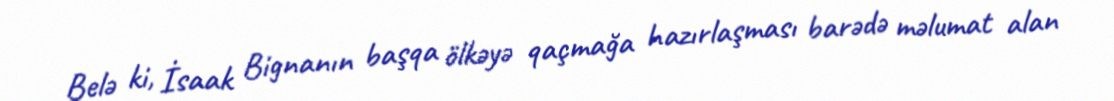
Belə ki, İsaak Bignanın başqa ölkəyə qaçmağa hazırlaşması barədə məlumat alan